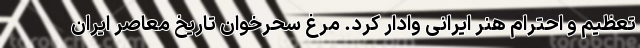
تعظیم و احترام هنر ایرانی وادار کرد. مرغ سحرخوان تاریخ معاصر ایران